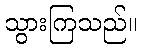
သွားကြသည်။